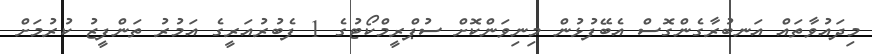
މިދައުވާތައް އަނބުރާގެންގޮސް އެބޭފުޅުން މިނިވަންކޮށް ސުޕްރީމްކޯޓުގެ 1 ފެބުރުއަރީގެ އަމުރު ތަންފީޒު ކުރުމަށް